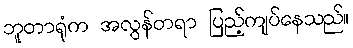
ဘူတာရုံက အလွန်တရာ ပြည့်ကျပ်နေသည်။